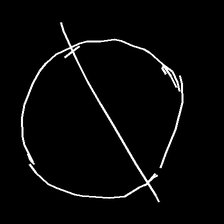
Glyph: orb